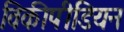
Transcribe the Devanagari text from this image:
विकीपीडियन